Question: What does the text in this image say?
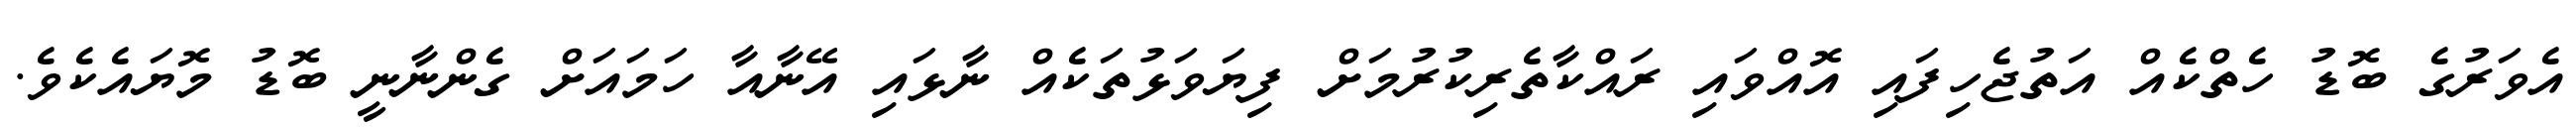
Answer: އެވަރުގެ ބޮޑު ހެތްކެއް އަތުޖެހިފައި އޮއްވައި ރައްކާތެރިކުރުމަށް ފިޔަވަޅުތަކެއް ނާޅައި އޭނާއާ ހަމައަށް ގެންނާނީ ބޮޑު މޮޔައެކެވެ.